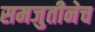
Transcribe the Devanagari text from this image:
समजुतीनेच